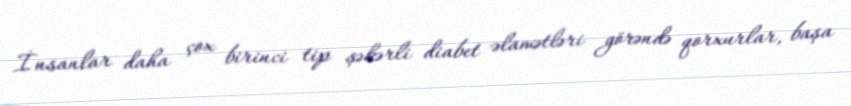
İnsanlar daha çox birinci tip şəkərli diabet əlamətləri görəndə qorxurlar, başa